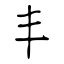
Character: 丰